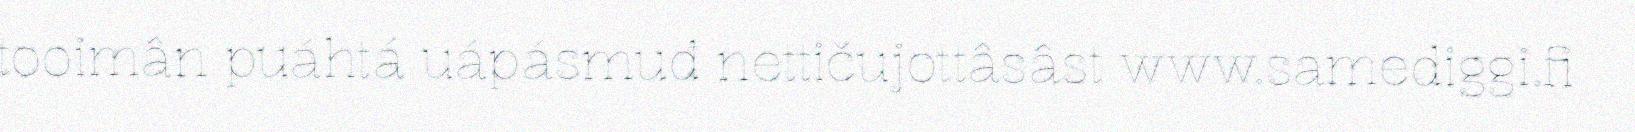
tooimân puáhtá uápásmuđ nettičujottâsâst www.samediggi.fi